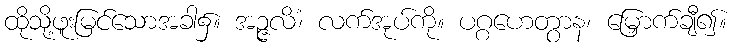
ထိုသို့ဖူးမြင်သောအခါ၌။ အဉ္ဇလိံ၊ လက်အုပ်ကို။ ပဂ္ဂဟေတွာန၊ မြှောက်ချီ၍။